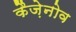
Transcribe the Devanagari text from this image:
कैज़ेनोव